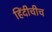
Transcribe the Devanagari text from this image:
हिंदीचीच